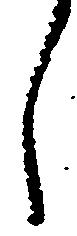
し